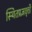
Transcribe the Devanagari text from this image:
स्थितप्रज्ञवृत्ती